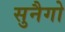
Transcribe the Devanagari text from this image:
सुनैगो